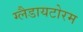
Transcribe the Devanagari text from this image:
ग्लैडायटोरम